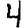
Digit: 4